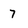
Character: 7